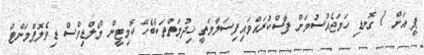
ޕީ އަށް 1 ގޮނޑި ހަމަޖެއްސުމަށް ފާސްކުރައްވައިފިސަލާމަތީ ޚިދުމަތްތަކާބެހޭ ކޮމިޓީން މޯލްޑިވްސް ޑިވެލޮޕްމަންޓް